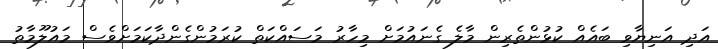
އަދި އަނިޔާވި ބައެއް ކުޅުންތެރިން މާލެ ގެނައުމަށް މިހާރު މަސައްކަތް ކުރަމުންގެންދާކަމަށްވެސް މައުލޫމާތު